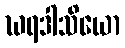
ဃရဒါသိယော